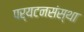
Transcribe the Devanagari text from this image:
पर्यटनसंस्था